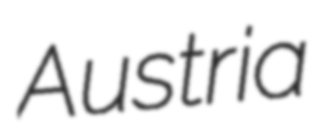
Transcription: Austria